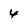
Character: 4